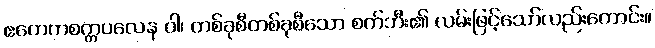
ဧကေကစက္ကပလေန ဝါ၊ တစ်ခုစီတစ်ခုစီသော စက်ဘီး၏ လမ်းဖြင့်သော်လည်းကောင်း။